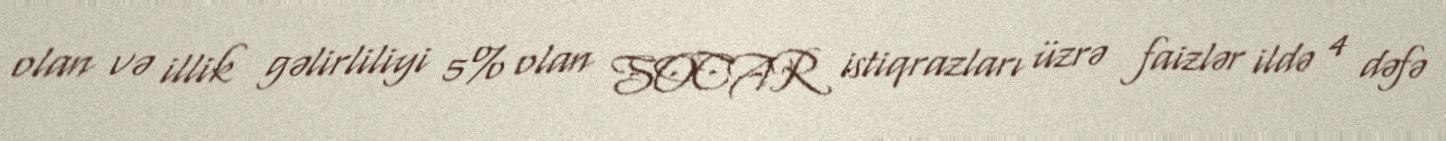
olan və illik gəlirliliyi 5% olan SOCAR istiqrazları üzrə faizlər ildə 4 dəfə